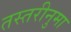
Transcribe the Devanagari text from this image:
तस्तरीनुमा